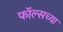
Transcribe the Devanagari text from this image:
फॉल्सच्या